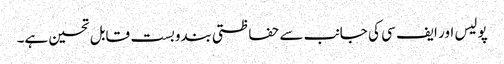
پولیس اور ایف سی کی جانب سے حفاظتی بندوبست قابل تحسین ہے۔